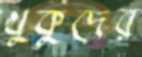
খুকুদের